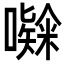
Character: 𭋸